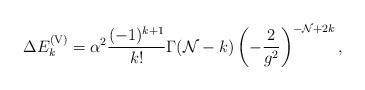
LaTeX: \begin{align*}\Delta E^{\rm (V)}_k = \alpha^2 {(-1)^{k + 1} \over k!} \Gamma({\cal N} - k) \left( -{2\over g^2} \right)^{-{\cal N} + 2 k},\end{align*}